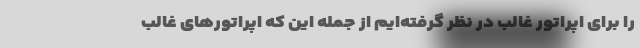
را برای اپراتور غالب در نظر گرفته‌ایم ‌از جمله این که اپراتورهای غالب